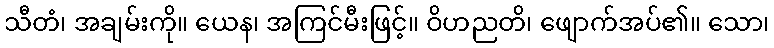
သီတံ၊ အချမ်းကို။ ယေန၊ အကြင်မီးဖြင့်။ ဝိဟညတိ၊ ဖျောက်အပ်၏။ သော၊